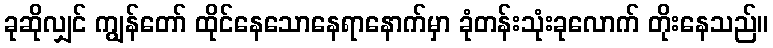
ခုဆိုလျှင် ကျွန်တော် ထိုင်နေသောနေရာနောက်မှာ ခုံတန်းသုံးခုလောက် တိုးနေသည်။